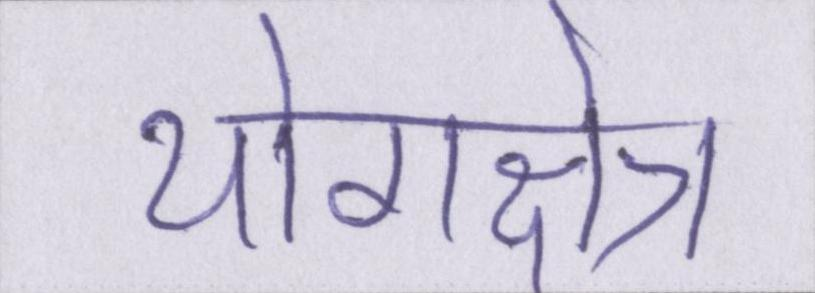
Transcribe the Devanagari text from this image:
योगक्षेत्र